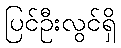
ပြင်ဦးလွင်ရှိ